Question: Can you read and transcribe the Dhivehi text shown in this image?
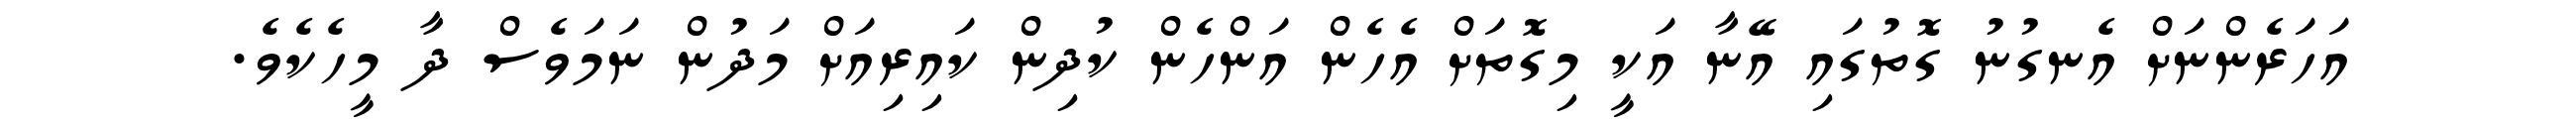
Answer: އަހަރެންނަށް އެނގުނު ގޮތުގައި އޭނާ އަކީ މިގޮތަށް އެހެން އަންހެން ކުދިން ކައިރިއަށް މަދުން ނަމަވެސް ދާ މީހެކެވެ.